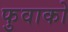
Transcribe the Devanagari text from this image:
फुवाको